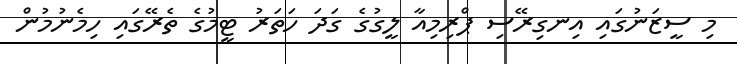
މި ސީޒަނުގައި އިނގިރޭސި ޕްރިމިއާ ލީގުގެ ގަދަ ހަތަރު ޓީމުގެ ތެރޭގައި ހިމެނުމުން